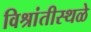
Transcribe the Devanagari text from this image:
विश्रांतीस्थळे